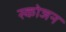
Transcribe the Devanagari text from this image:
स्कोजन